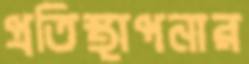
প্রতিস্থাপনার